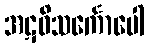
အဋဝိသင်္ကောပေါ